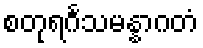
စတုရင်္ဂသမန္နာဂတံ